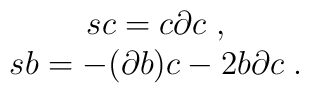
\begin{array}{c}sc=c\partial c\;, \\ sb=-(\partial b)c-2b\partial c\;.\end{array}